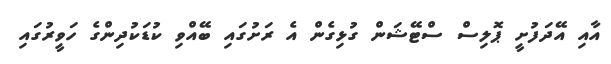
އާއި އޭދަފުށީ ޕޮލިސް ސްޓޭޝަން ގުޅިގެން އެ ރަށުގައި ބޭއްވި ކުޑަކުދިންގެ ހަވީރުގައި